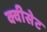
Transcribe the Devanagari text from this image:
क्वीसेट